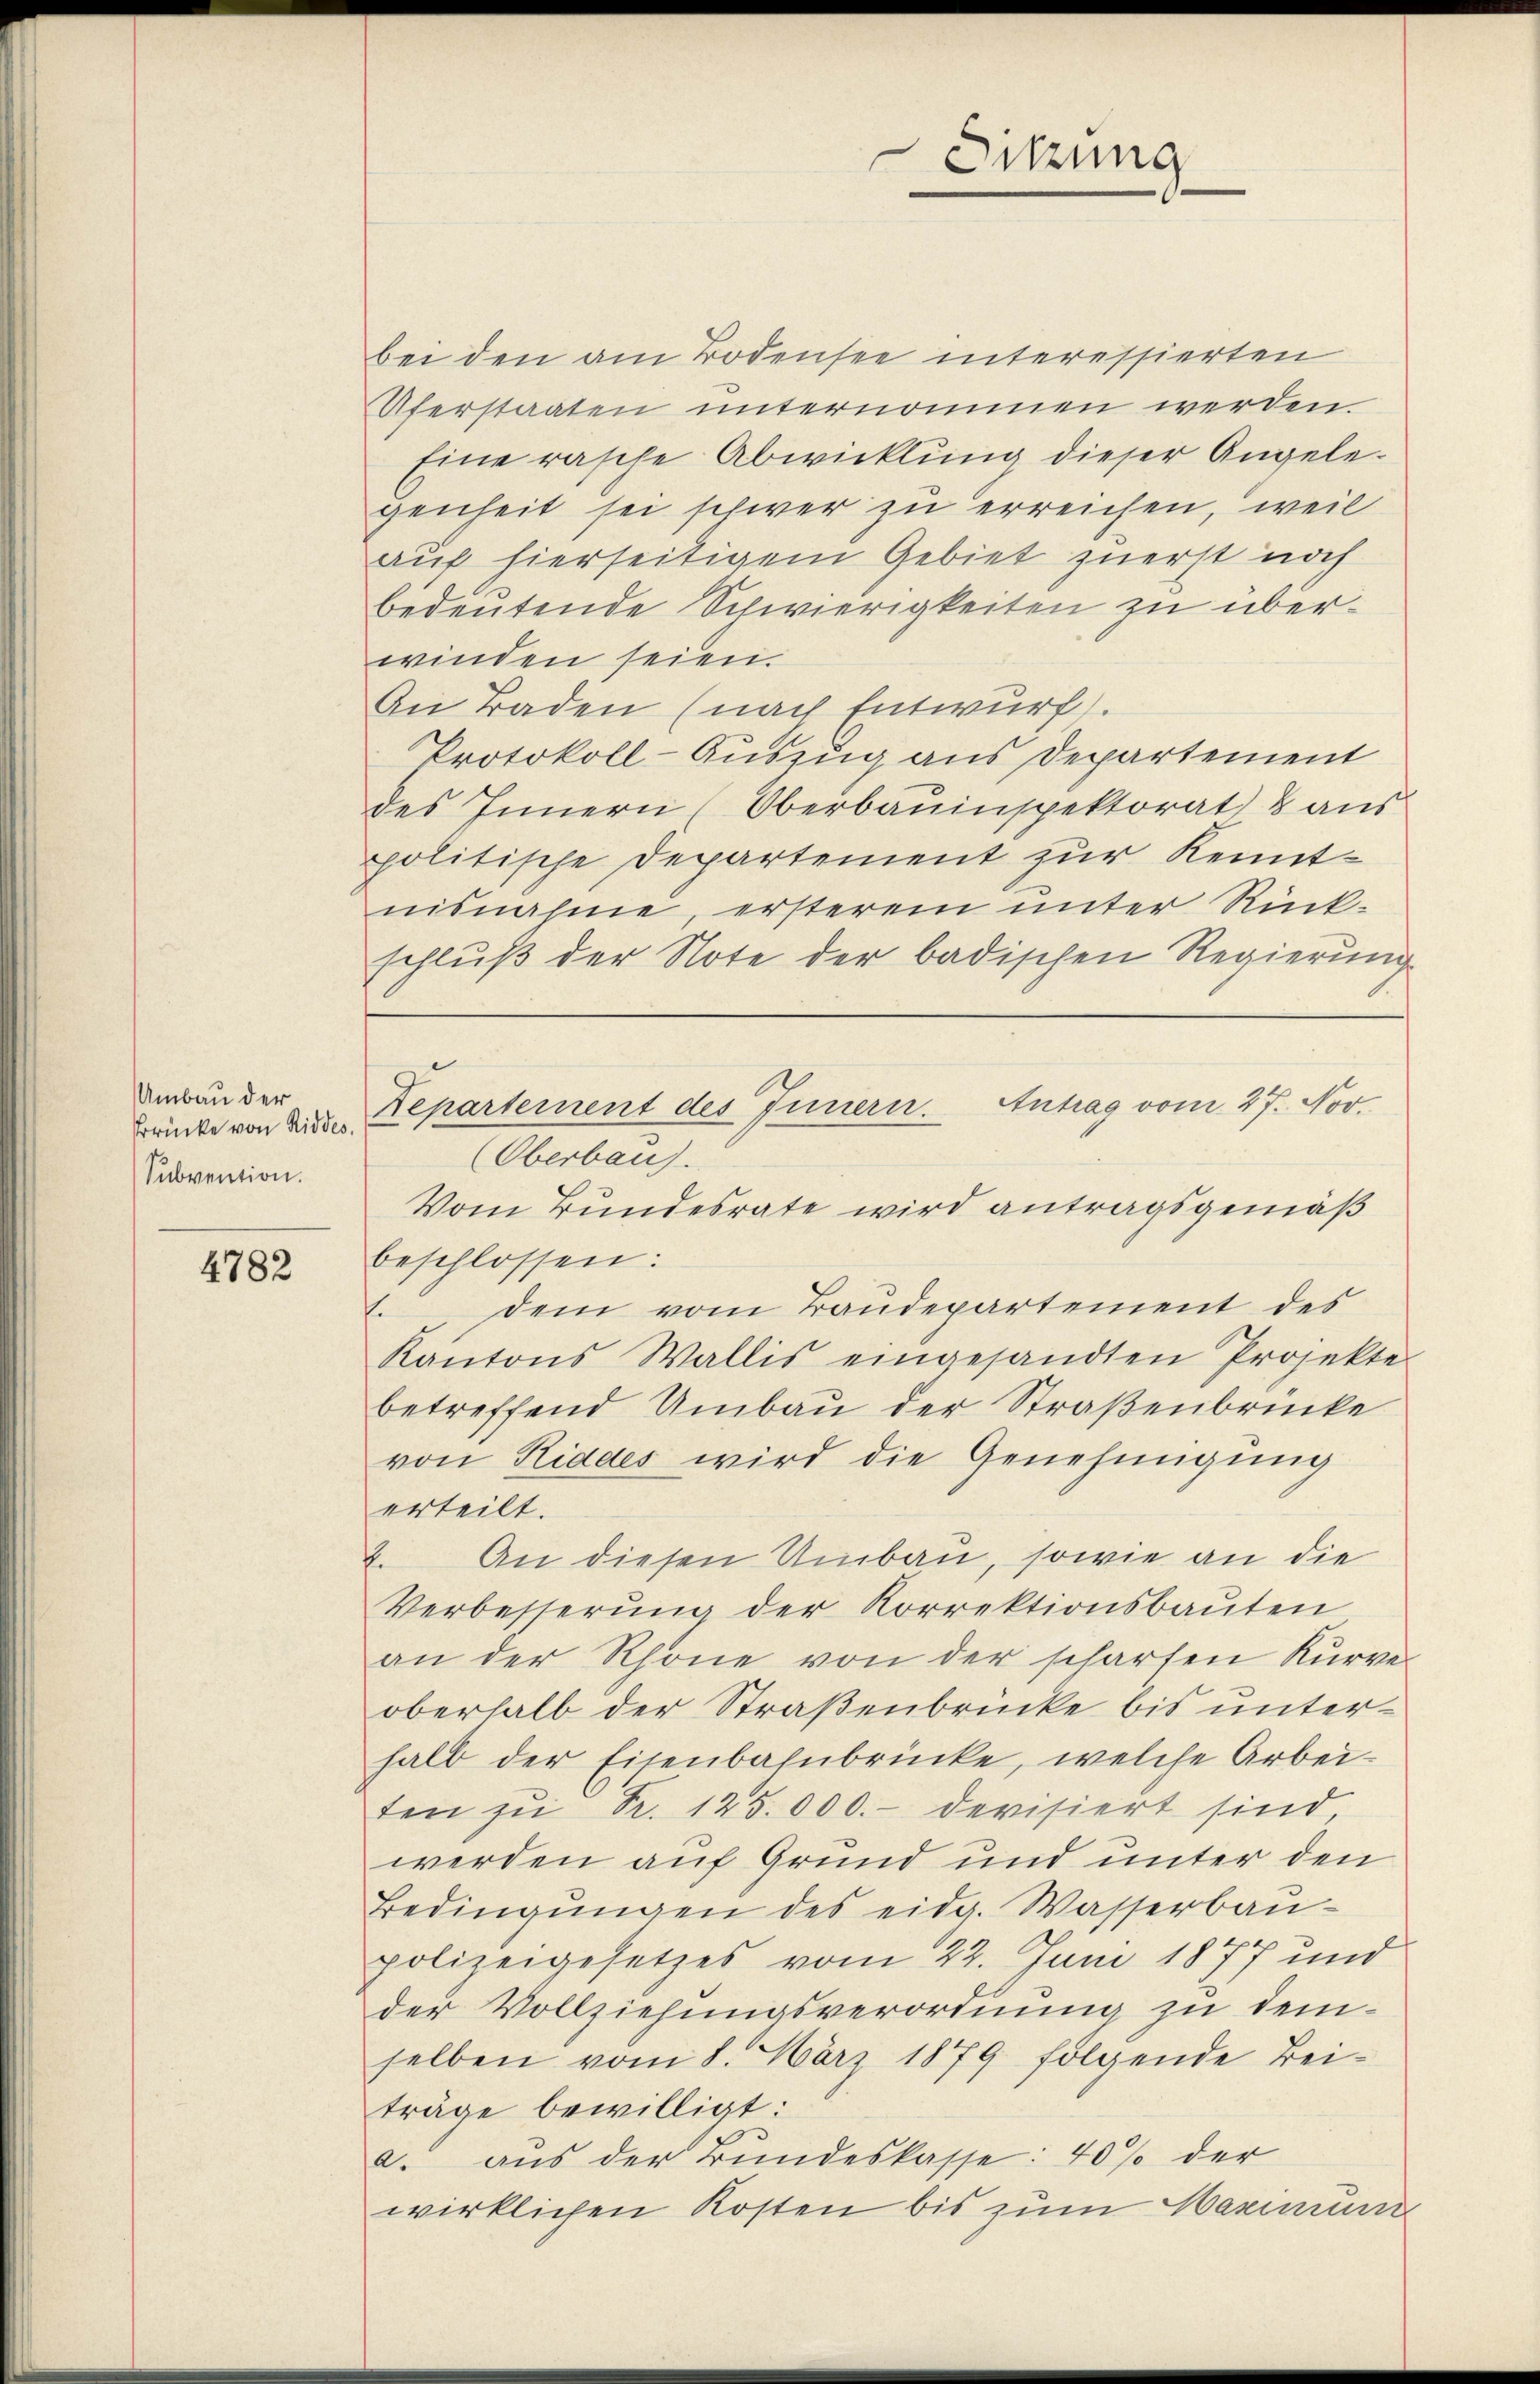
Umbau der
Brrücke von Riddes.
Subvention.

4782

Sitzung

Departernent des Innern. Antrag vom 27. Nov.
Oberbaus.
Vom Bundesrate wird antragsgemäß

bei den am Bodensee interessierten
Uferstaaten unternommen werden
Eine rasche Abwicklung dieser Angelegenheit sei schwer zu erreichen, weil
auf hierseitigem Gebiet zuerst noch
bedeutende Schwierigkeiten zu überwinden seien.
An Baden (nach Entwurf.
Protokoll-Auszug aus Departement
des Innern (Oberbauinspektorat 8 aus
politische Departement zur Kenntnisnahme, ersterem unter Rück-
schlŭβ der Note der badischen Regierŭng
beschlossen:
. dem vom Baŭdepartement des
Kantons Wallis eingesandten Projekte
betreffend Umbau der Straßenbrücke
von Riddes wird die Genehmigung
erteilt.
2. An diesen Umbau, sowie an die
Verbesserŭng der Korrektionsbaŭten
an der Rhone von der scharfen Kurve
oberhalb der Straßenbrücke bis unterhalb der Eisenbahnbrücke, welche Arbei-
ten zŭ Fr. 125.000.- devisiert sind,
werden auf Grund und unter den
Bedingŭngen des eidg. Wasserbau-
polizeigesetzes vom 22. Juni 1877 und
der Vollziehungsverordnung zu demselben vom 8. März 1879 folgende Beiträge bewilligt:
a. aus der Bundeskasse: 40% der
wirklichen Kosten bis zum Marmun